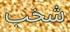
شخب